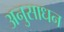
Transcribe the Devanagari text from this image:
अनुसाधन